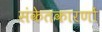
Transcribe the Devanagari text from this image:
संकेतकारणों